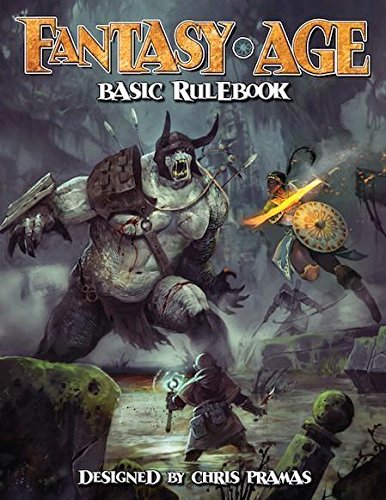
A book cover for Fantasy AGE Basic Rulebook; Science Fiction & Fantasy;